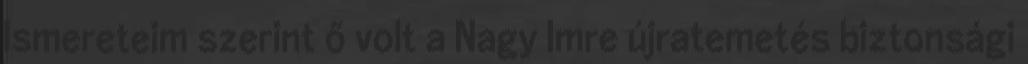
Ismereteim szerint ő volt a Nagy Imre újratemetés biztonsági